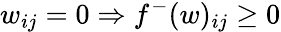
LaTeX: w_{ij}=0\Rightarrow f^{-}(w)_{ij}\geq 0